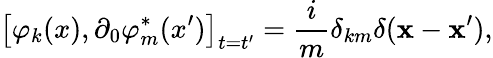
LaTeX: \left[\varphi_{k}(x),\partial_{0}\varphi_{m}^{*}(x^{\prime})\right]_{t=t^{\prime}}=\frac{i}{m}\delta_{km}\delta(\mathbf{x}-\mathbf{x}^{\prime}),